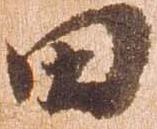
田